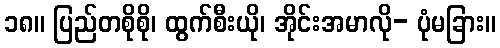
၁၈။ ပြည်တစိုစို၊ ထွက်စီးယို၊ အိုင်းအမာလို- ပုံမခြား။